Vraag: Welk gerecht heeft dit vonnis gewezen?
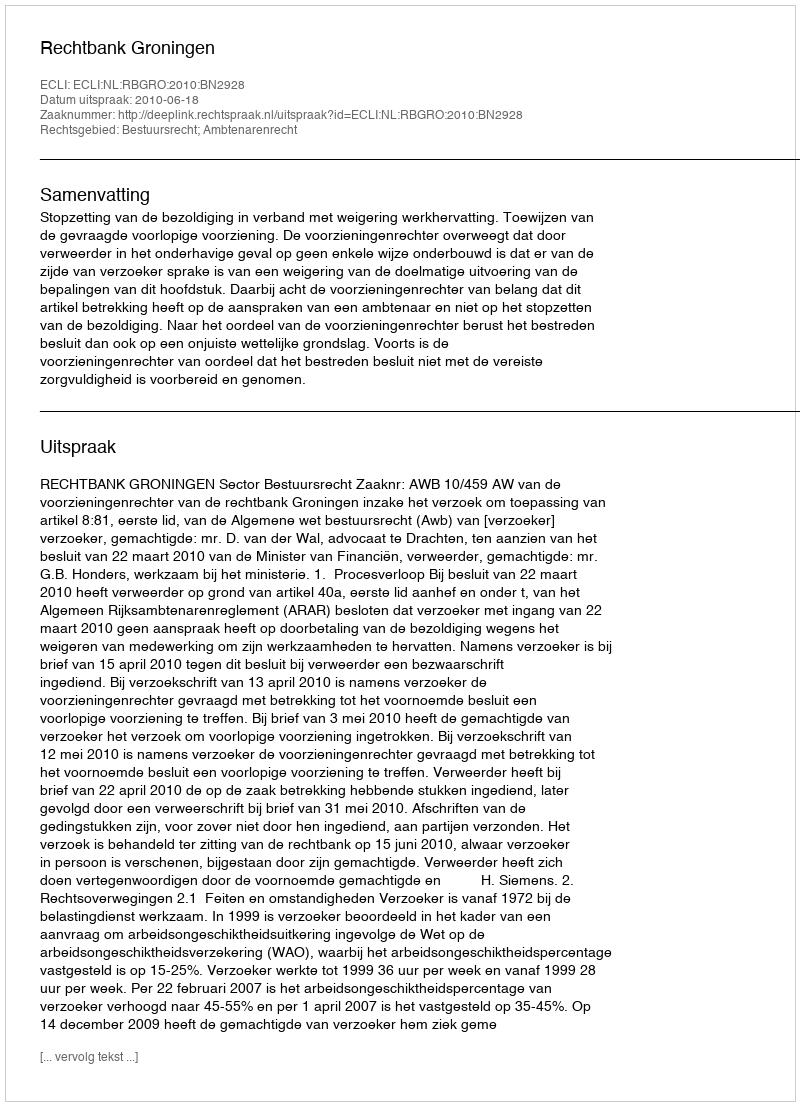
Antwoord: Rechtbank Groningen